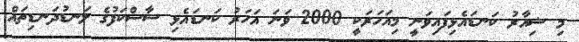
މި ޝިއާރު ކަނޑައެޅިފައިވަނީ މިއަހަރަކީ 2000 ވަނަ އަހަރު ކަނޑައެޅި ސާސްކަފުގެ ލަނޑުދަނޑިތައް